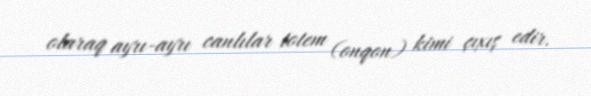
olaraq ayrı-ayrı canlılar totem (onqon) kimi çıxış edir.